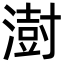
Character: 澍